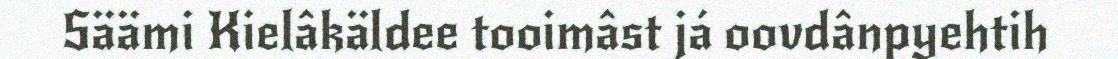
Säämi Kielâkäldee tooimâst já oovdânpyehtih